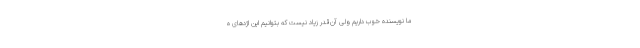
ما نویسنده خوب داریم ولی آن‌قدر زیاد نیست که بتوانیم این اژدهای ه